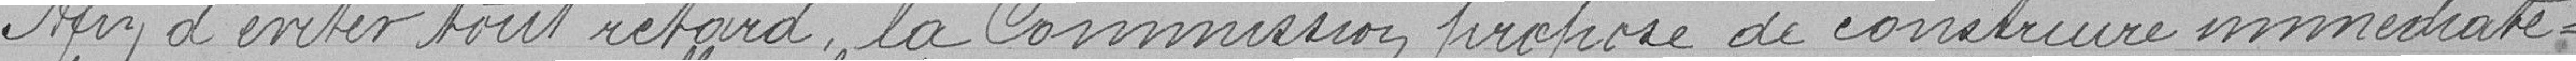
Afin d'éviter tout retard, la Commission propose de construire immédiate-